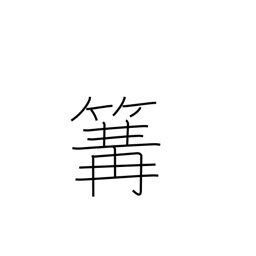
Meaning: fishing fire